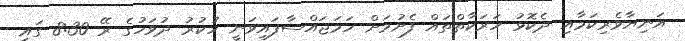
އަނިޔާވެރިކަމާއި ދެކޮޅު ހަރަކާތްތައް ފެށުމަށް ހަމަޖައްސާފައިވަނީ ހުކުރު ދުވަހުގެ ރޭ 8:30 ގައި